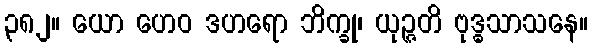
၃၈၂။ ယော ဟေဝ ဒဟရော ဘိက္ခု၊ ယုဉ္ဇတိ ဗုဒ္ဓသာသနေ။